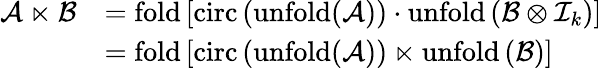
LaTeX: \begin{array}{rl}{\mathcal{A}\ltimes\mathcal{B}}&{=\mathrm{fold}\left[\mathrm{circ}\left(\mathrm{unfold(\mathcal{A})}\right)\cdot\mathrm{unfold}\left(\mathcal{B}\otimes\mathcal{I}_{k}\right)\right]}\\ &{=\mathrm{fold}\left[\mathrm{circ}\left(\mathrm{unfold(\mathcal{A})}\right)\ltimes\mathrm{unfold}\left(\mathcal{B}\right)\right]}\end{array}